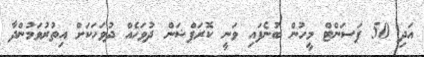
އަދި 50 ޕަސަންޓް މީހުން ބުނެފައި ވަނީ ކޮރަޕްޝަން ދުވަހެއް ދުވަހަކަށް އިތުރުވަމުންދާ